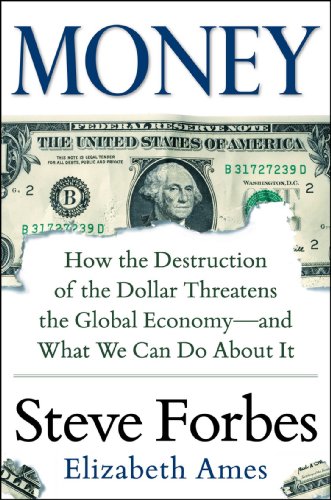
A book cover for Money: How the Destruction of the Dollar Threatens the Global Economy - and What We Can Do About It; Steve Forbes; Business & Money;